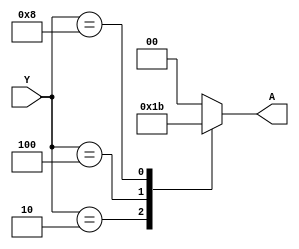
module enc_case
(
    input [3:0] Y,
    output reg [1:0] A
);

always @(*)
    case(Y)
        4'b0001: A = 2'b00;
        4'b0010: A = 2'b01;
        4'b0100: A = 2'b10;
        4'b1000: A = 2'b11;
        default: A = 2'b00;
    endcase
endmodule